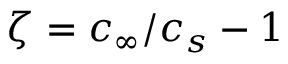
\zeta = c _ { \infty } / c _ { s } - 1